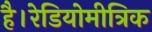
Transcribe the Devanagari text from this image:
है।रेडियोमीत्रिक